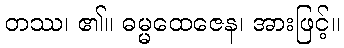
တဿ၊ ၏။ ဓမ္မထေဇေန၊ အားဖြင့်။